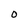
Character: o